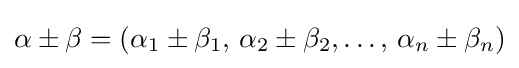
\alpha \pm \beta =(\alpha _{1}\pm \beta _{1},\,\alpha _{2}\pm \beta _{2},\ldots ,\,\alpha _{n}\pm \beta _{n})